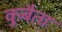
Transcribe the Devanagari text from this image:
कुबैता